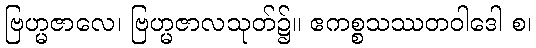
ဗြဟ္မဇာလေ၊ ဗြဟ္မဇာလသုတ်၌။ ဧကစ္စသဿတဝါဒေါ စ၊